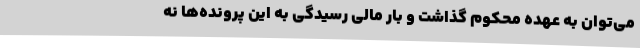
می‌توان به عهده محکوم گذاشت و بار مالی رسیدگی به این پرونده‌ها نه